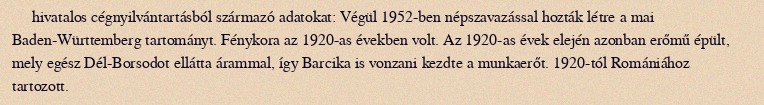
hivatalos cégnyilvántartásból származó adatokat: Végül 1952-ben népszavazással hozták létre a mai Baden-Württemberg tartományt. Fénykora az 1920-as években volt. Az 1920-as évek elején azonban erőmű épült, mely egész Dél-Borsodot ellátta árammal, így Barcika is vonzani kezdte a munkaerőt. 1920-tól Romániához tartozott.